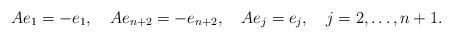
LaTeX: \begin{align*}Ae_1=-e_{1},\quad Ae_{n+2}=-e_{n+2},\quad Ae_j=e_j,\quad j=2,\ldots,n+1. \end{align*}